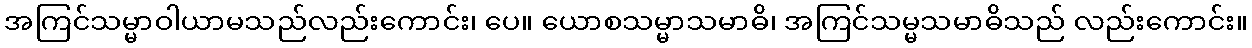
အကြင်သမ္မာဝါယာမသည်လည်းကောင်း၊ ပေ။ ယောစသမ္မာသမာဓိ၊ အကြင်သမ္မသမာဓိသည် လည်းကောင်း။